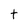
Character: t